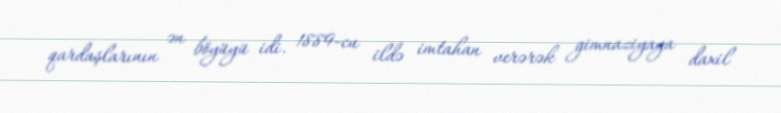
qardaşlarının ən böyüyü idi. 1889-cu ildə imtahan verərək gimnaziyaya daxil